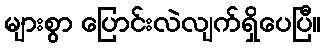
များစွာ ပြောင်းလဲလျက်ရှိပေပြီ။